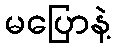
မပြောနဲ့